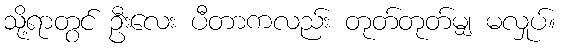
သို့ရာတွင် ဦးလေး ပီတာကလည်း တုတ်တုတ်မျှ မလှုပ်။